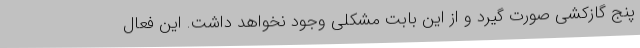
پنج گازکشی صورت ‌گیرد و از این بابت مشکلی وجود نخواهد داشت. این فعال